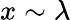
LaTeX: x\sim\lambda